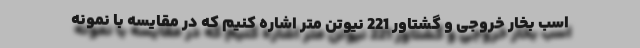
اسب بخار خروجی و گشتاور 221 نیوتن متر اشاره کنیم که در مقایسه با نمونه